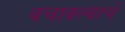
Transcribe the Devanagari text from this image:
बचावल्याचे